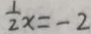
\frac { 1 } { 2 } x = - 2